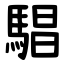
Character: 䮖